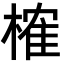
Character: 榷